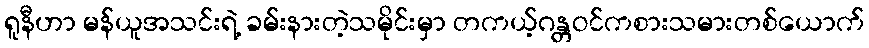
ရူနီဟာ မန်ယူအသင်းရဲ့ ခမ်းနားတဲ့သမိုင်းမှာ တကယ့်ဂန္တဝင်ကစားသမားတစ်ယောက်